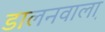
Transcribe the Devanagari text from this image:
डालनवाला़